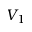
V _ { 1 }